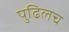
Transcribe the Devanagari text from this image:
पुढिलच